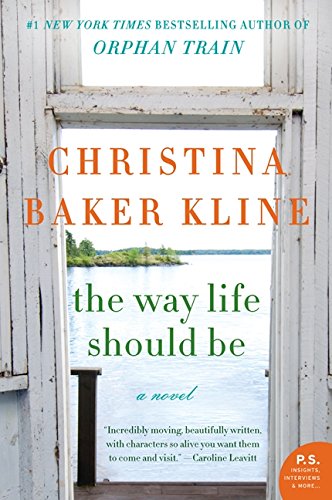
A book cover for The Way Life Should Be: A Novel; Christina Baker Kline; Literature & Fiction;